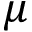
\mu